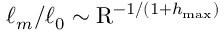
\ell _ { m } / \ell _ { 0 } \sim \mathrm { R } ^ { - 1 / ( 1 + h _ { \operatorname* { m a x } } ) }